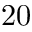
2 0